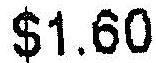
$1.60